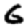
Digit: 6